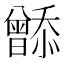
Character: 𬁮